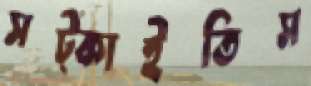
সট্‌কাইতিস